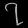
Digit: ၇